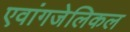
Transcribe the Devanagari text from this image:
एवांगजेलिकल